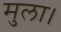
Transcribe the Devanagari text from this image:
मुला।